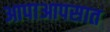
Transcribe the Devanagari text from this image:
आपाआपसात